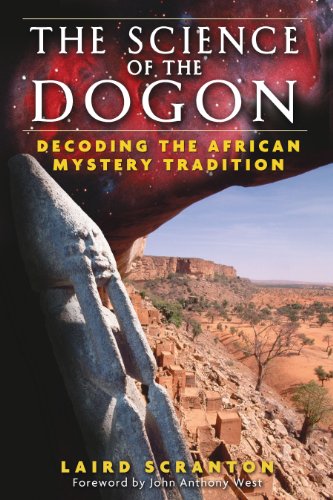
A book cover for The Science of the Dogon: Decoding the African Mystery Tradition; Laird Scranton; Science & Math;